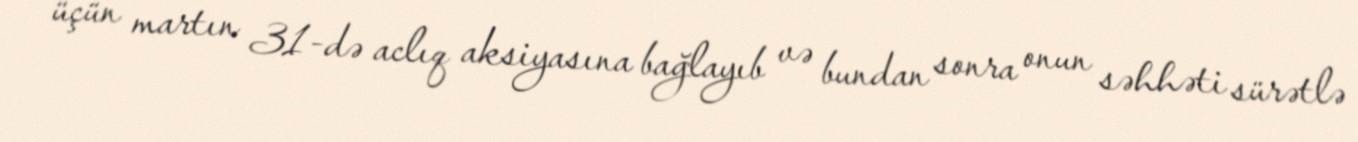
üçün martın 31-də aclıq aksiyasına bağlayıb və bundan sonra onun səhhəti sürətlə